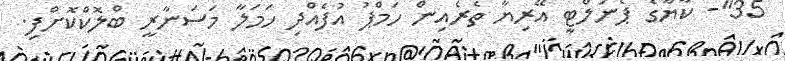
35"- ކާޔާގެ ޕެނަލްޓީ އޭރިޔާ ތެރެއިން ހަމްޕު އުފެއްދި ހަމަލާ މަސަނާރީ ބްލޮކްކޮށްފި.